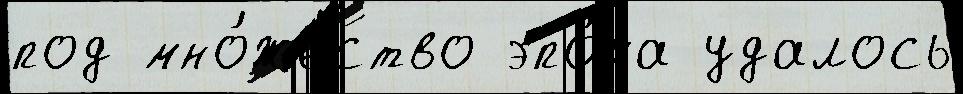
под мно́жество эпо́ха удалось